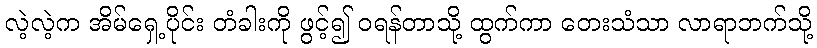
လဲ့လဲ့က အိမ်ရှေ့ပိုင်း တံခါးကို ဖွင့်၍ ဝရန်တာသို့ ထွက်ကာ တေးသံသာ လာရာဘက်သို့